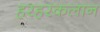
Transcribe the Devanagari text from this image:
हरहरकलान